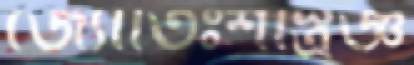
জ্যোতিঃশাস্ত্রজ্ঞ